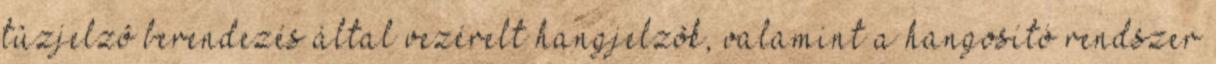
tûzjelzõ berendezés által vezérelt hangjelzõk, valamint a hangosító rendszer